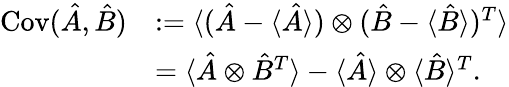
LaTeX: \begin{array}{rl}{\operatorname{Cov}(\hat{A},\hat{B})}&{:=\langle(\hat{A}-\langle\hat{A}\rangle)\otimes(\hat{B}-\langle\hat{B}\rangle)^{T}\rangle}\\ &{=\langle\hat{A}\otimes\hat{B}^{T}\rangle-\langle\hat{A}\rangle\otimes\langle\hat{B}\rangle^{T}.}\end{array}